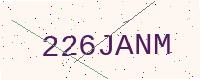
Text: 226JANM